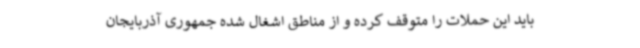
باید این حملات را متوقف کرده و از مناطق اشغال شده جمهوری آذربایجان